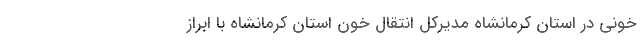
خونی در استان کرمانشاه مدیرکل انتقال خون استان کرمانشاه با ابراز